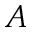
A